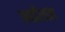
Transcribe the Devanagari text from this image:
आईसह